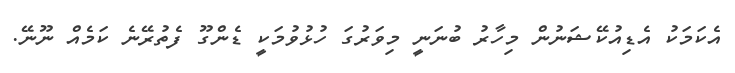
އެކަމަކު އެޑިއުކޭޝަނުން މިހާރު ބުނަނީ މިވަރުގަ ހުޅުވުމަކީ ޑެންގޫ ފެތުރޭނެ ކަމެއް ނޫނޭ.